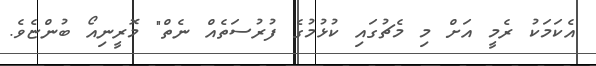
އެކަމަކު ރެމީ އަށް މި މެޗުގައި ކުޅުމުގެ ފުރުސަތެއް ނެތް" މޮރީނިއޯ ބުންޏެވެ.